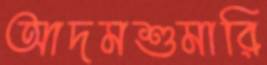
আদমশুমারি